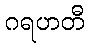
ဂရဟတီ